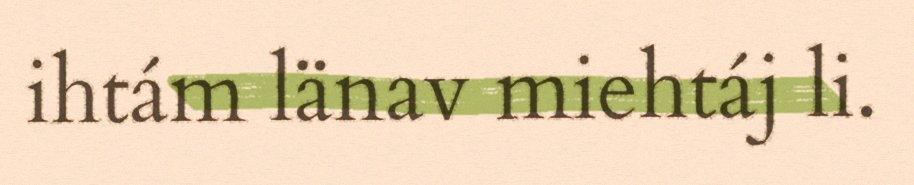
ihtám länav miehtáj li.